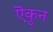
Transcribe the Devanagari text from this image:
ऎकुन